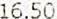
16.50